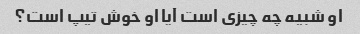
او شبیه چه چیزی است آیا او خوش تیپ است؟